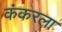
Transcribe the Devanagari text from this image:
कंकरला